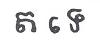
ត ទេ